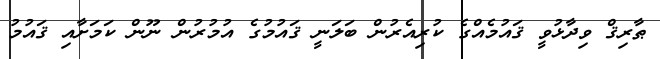
ޠާރިޤް ވިދާޅުވީ ޤައުމެއްގެ ކުރިއެރުން ބަލަނީ ޤައުމުގެ އުމުރުން ނޫން ކަމަށާއި ޤައުމު